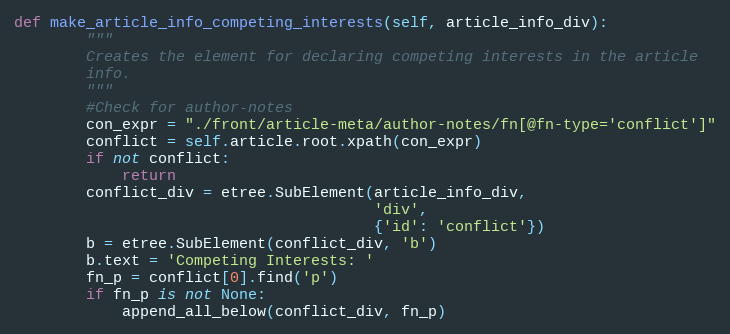
Language: Python
def make_article_info_competing_interests(self, article_info_div):
        """
        Creates the element for declaring competing interests in the article
        info.
        """
        #Check for author-notes
        con_expr = "./front/article-meta/author-notes/fn[@fn-type='conflict']"
        conflict = self.article.root.xpath(con_expr)
        if not conflict:
            return
        conflict_div = etree.SubElement(article_info_div,
                                        'div',
                                        {'id': 'conflict'})
        b = etree.SubElement(conflict_div, 'b')
        b.text = 'Competing Interests: '
        fn_p = conflict[0].find('p')
        if fn_p is not None:
            append_all_below(conflict_div, fn_p)